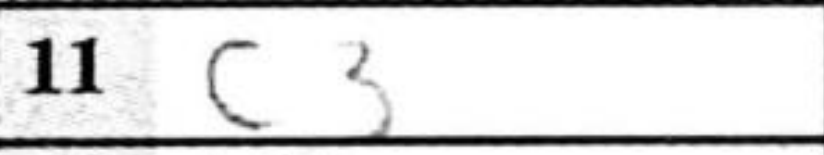
Transcription: c3